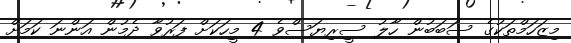
މިޒަހަމްތަކުގެ ސަބަބުން ހާލު ސީރިޔަސްވެ 4 މީހަކަށް ފަރުވާ ދެމުން އަންނަ ކަމަށް